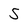
Character: 5